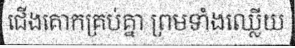
ជើងគោកគ្រប់គ្នា ព្រមទាំងឈ្លើយ